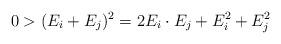
LaTeX: \begin{align*} 0 > (E_i + E_j)^2 = 2 E_i \cdot E_j + E_i^2 + E_j^2\end{align*}